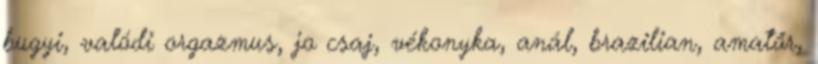
bugyi, valódi orgazmus, jo csaj, vékonyka, anál, brazilian, amatőr,